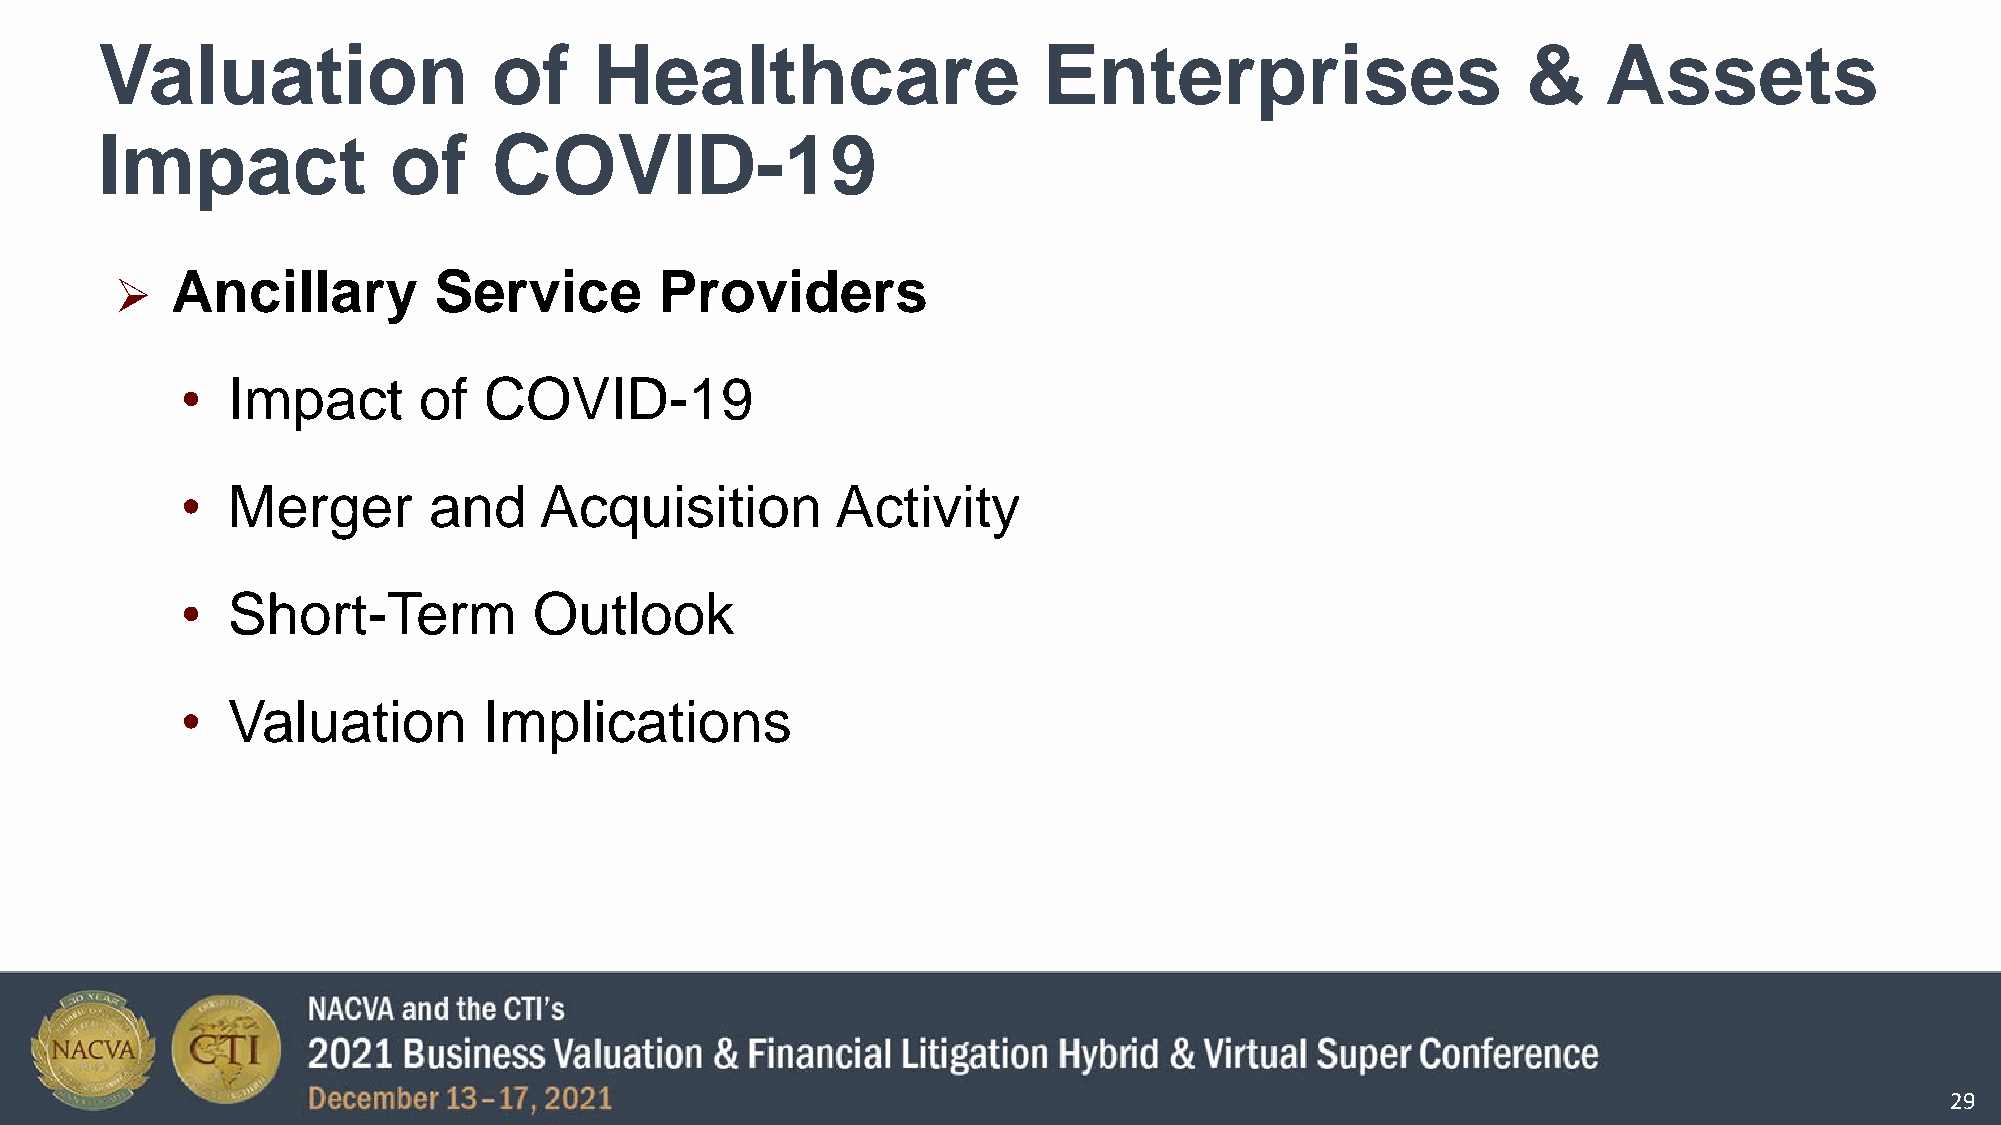
Valuation                  of    Healthcare                    Enterprises                     &    Assets
 Impact              of     COVID-19
 Ancillary         Service        Providers
 
 •  Impact       of  COVID-19
 •  Merger       and     Acquisition        Activity
 •  Short-Term          Outlook
 •  Valuation        Implications
 29